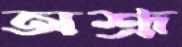
অশ্রূ